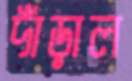
দাঁড়াল